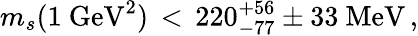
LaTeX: m_{s}(1\ \mathrm{GeV}^{2})\, <\, 220_{-77}^{+56}\pm 33\ \mathrm{MeV}\, ,